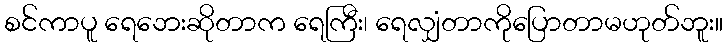
စင်ကာပူ ရေဘေးဆိုတာက ရေကြီး၊ ရေလျှံတာကိုပြောတာမဟုတ်ဘူး။